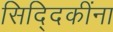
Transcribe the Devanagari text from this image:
सिद्दिकींना